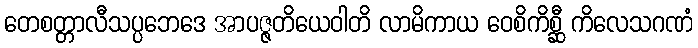
တေစတ္တာလီသပ္ပဘေဒေ အာပဇ္ဇတိယေဝါတိ လာမိကာယ ဝေစိကိစ္ဆီ ကိလေသဂဏံ